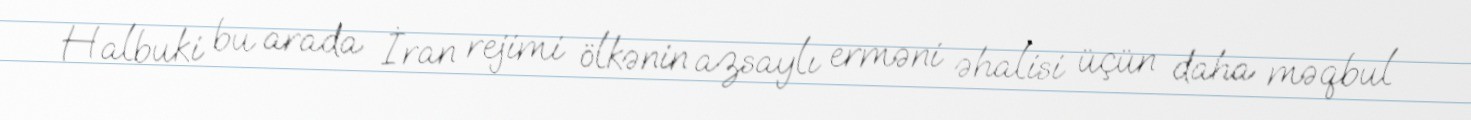
Halbuki bu arada İran rejimi ölkənin azsaylı erməni əhalisi üçün daha məqbul